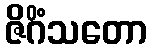
ဇိဂိံသတော